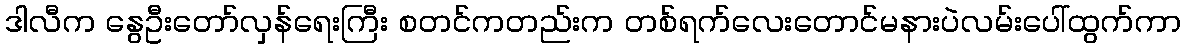
ဒါလီက နွေဦးတော်လှန်ရေးကြီး စတင်ကတည်းက တစ်ရက်လေးတောင်မနားပဲလမ်းပေါ်ထွက်ကာ